Annual report of the Punjab Veterinary College and of the Civil Veterinary Department, Punjab - 1909-1919
Year: 1909
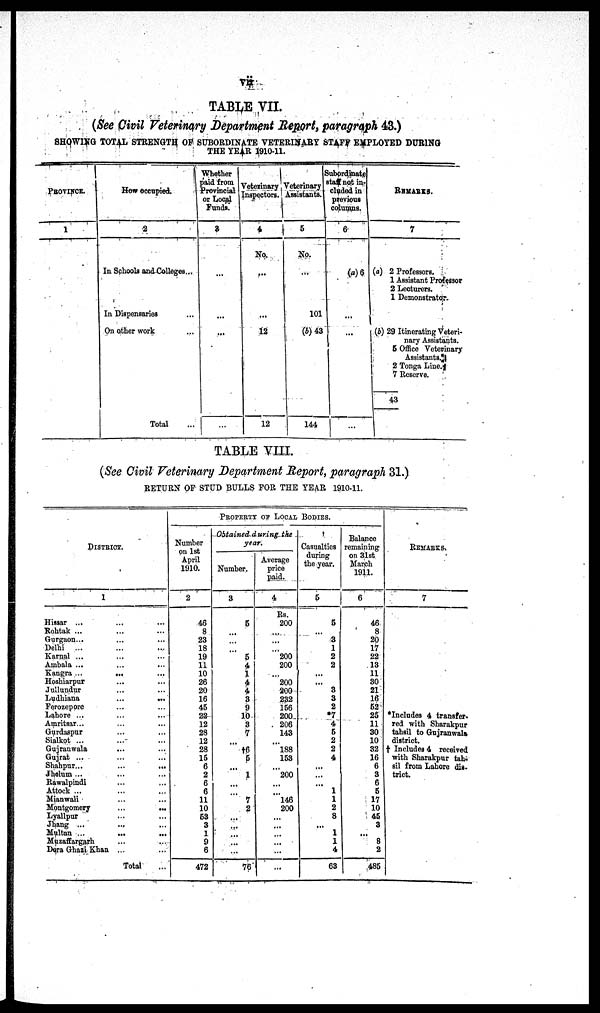
vii
TABLE VII.
(See Civil Veterinary Department Report, paragraph 43.)
SHOWING TOTAL STRENGTH OF SUBORDINATE VETERINARY STAFF EMPLOYED DURING
THE YEAR 1910-11.
PROVINCE.
1
How occupied.
2
In Schools and Colleges...
In Dispensaries ...
On other work ...
Total
Whether
paid from
Provincial
or Local
Funds.
3
...
...
...
...
Veterinary
Inspectors.
4
No.
...
...
12
12
Veterinary
Assistants.
5
No.
...
101
(b) 43
144
Subordinate
staff not in-
cluded in
previous
columns.
6
(a) 6
...
...
...
REMARKS.
7
(a) 2 Professors.
1 Assistant Professor
2 Lecturers.
1 Demonstrator.
(b) 29 Itinerating Veteri-
nary Assistants.
5 Office Veterinary
Assistants.
2 Tonga Line.
7 Reserve.
43
TABLE VIII.
(See Civil Veterinary Department Report, paragraph 31.)
RETURN OF STUD BULLS FOR THE YEAR 1910-11.
DISTRICT.
1
Hissar ... ... ...
Rohtak ... ... ...
Gurgaon... ... ...
Delhi ...
Karnal ... ... ...
Ambala ... ... ...
Kangra ...
... ...
Hoshiarpur ... ... ...
Jullundur ... ... ...
Ludhiana
...
... ...
Ferozepore ... ...
Lahore ... ... ...
Amritsar... ... ...
Gurdaspur ... ...
Sialkot ... ... ...
Gujranwala ... ...
Gujrat ... ... ...
Shahpur...
...
...
Jhelum ... ... ...
Rawalpindi ... ...
Attock ... ... ...
Mianwali ... ...
Montgomery ... ...
Lyallpur ... ...
Jhang ... ... ...
Multan
...
...
...
Muzaffargarh ... ...
Dera Ghazi Khan ... ...
Total ...
PROPERTY OF LOCAL BODIES.
Number
on 1st
April
1910.
2
46
8
23
18
19
11
10
26
20
16
45
22
12
28
12
28
15
6
2
6
6
11
10
53
3
1
9
6
472
Obtained during the
year.
Average
Number.
price
paid.
3
5
...
...
...
5
4
1
4
4
3
9
10
3
7
...
†6
5
...
1
...
...
7
2
...
...
...
...
...
76
4
Rs.
200
...
...
...
200
200
...
200
200
232
156
200
206
143
...
188
153
...
200
...
...
l46
200
...
...
...
...
...
...
Casualties
during
the year.
5
5
...
3
1
2
2
...
...
3
3
2
*7
4
5
2
2
4
...
...
...
1
1
2
8
...
1
1
4
63
Balance
remaining
on 31st
March
1911.
6
46
8
20
17
22
13
11
30
21
16
52
25
11
30
10
32
16
6
3
6
5
17
10
45
3
...
8
2
485
REMARKS.
7
*Includes 4 transfer.
red with Sharakpur
tahsil to Gujranwala
district.
† Includes 4 received
with Sharakpur tah-
sil from Lahore dis-
trict.